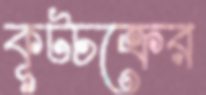
কূটচক্রের